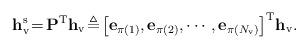
LaTeX: \begin{align*}\mathbf{h}_{\rm v}^{\rm s}\!=\!\mathbf{P}^{\rm T}\mathbf{h}_{\rm v}\!\triangleq\!\big[\mathbf{e}_{\pi(1)}, \mathbf{e}_{\pi(2)}, \cdots, \mathbf{e}_{\pi(N_{\rm v})}\big]^{\rm T}\mathbf{h}_{\rm v}.\end{align*}